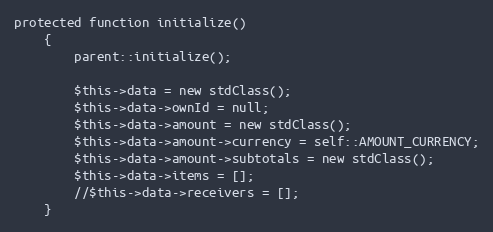
Language: PHP
protected function initialize()
    {
        parent::initialize();

        $this->data = new stdClass();
        $this->data->ownId = null;
        $this->data->amount = new stdClass();
        $this->data->amount->currency = self::AMOUNT_CURRENCY;
        $this->data->amount->subtotals = new stdClass();
        $this->data->items = [];
        //$this->data->receivers = [];
    }